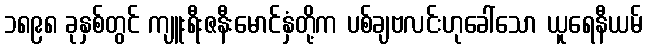
၁၈၉၈ ခုနှစ်တွင် ကျူးရီးဇနီးမောင်နှံတို့က ပစ်ချဗလင်းဟုခေါ်သော ယူရေနီယမ်